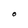
Character: O